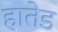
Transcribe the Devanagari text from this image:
हातेड